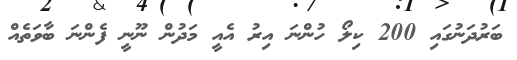
ބަރުދަނުގައި 200 ކިލޯ ހުންނަ އިރު އެއީ މަދުން ނޫނީ ފެންނަ ބާވަތެއް